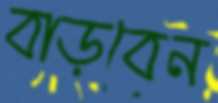
বাড়বেন